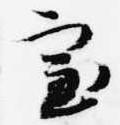
室